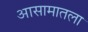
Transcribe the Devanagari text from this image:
आसामातला